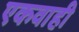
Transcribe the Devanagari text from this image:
एकवाही